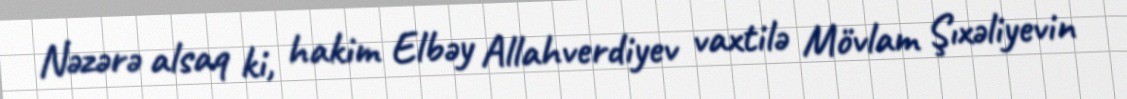
Nəzərə alsaq ki, hakim Elbəy Allahverdiyev vaxtilə Mövlam Şıxəliyevin